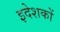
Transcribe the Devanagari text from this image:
इदेशकों